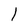
Character: 1